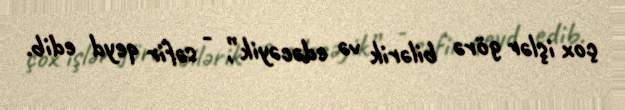
çox işlər görə bilərik və edəcəyik”, - səfir qeyd edib.